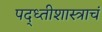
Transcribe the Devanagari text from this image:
पद्ध्तीशास्त्राचं